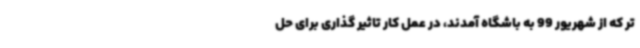
تر که از شهریور 99 به باشگاه آمدند، در عمل کار تاثیر گذاری برای حل